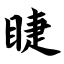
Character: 睫